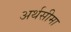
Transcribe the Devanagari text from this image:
अर्थसीमा